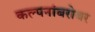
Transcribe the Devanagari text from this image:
कल्पनांबरोबर